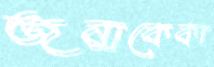
জন্মকেকা